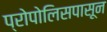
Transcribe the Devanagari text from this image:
प्रोपोलिसपासून